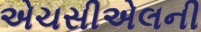
એચસીએલની